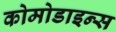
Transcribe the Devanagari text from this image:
कोमोडाइन्स